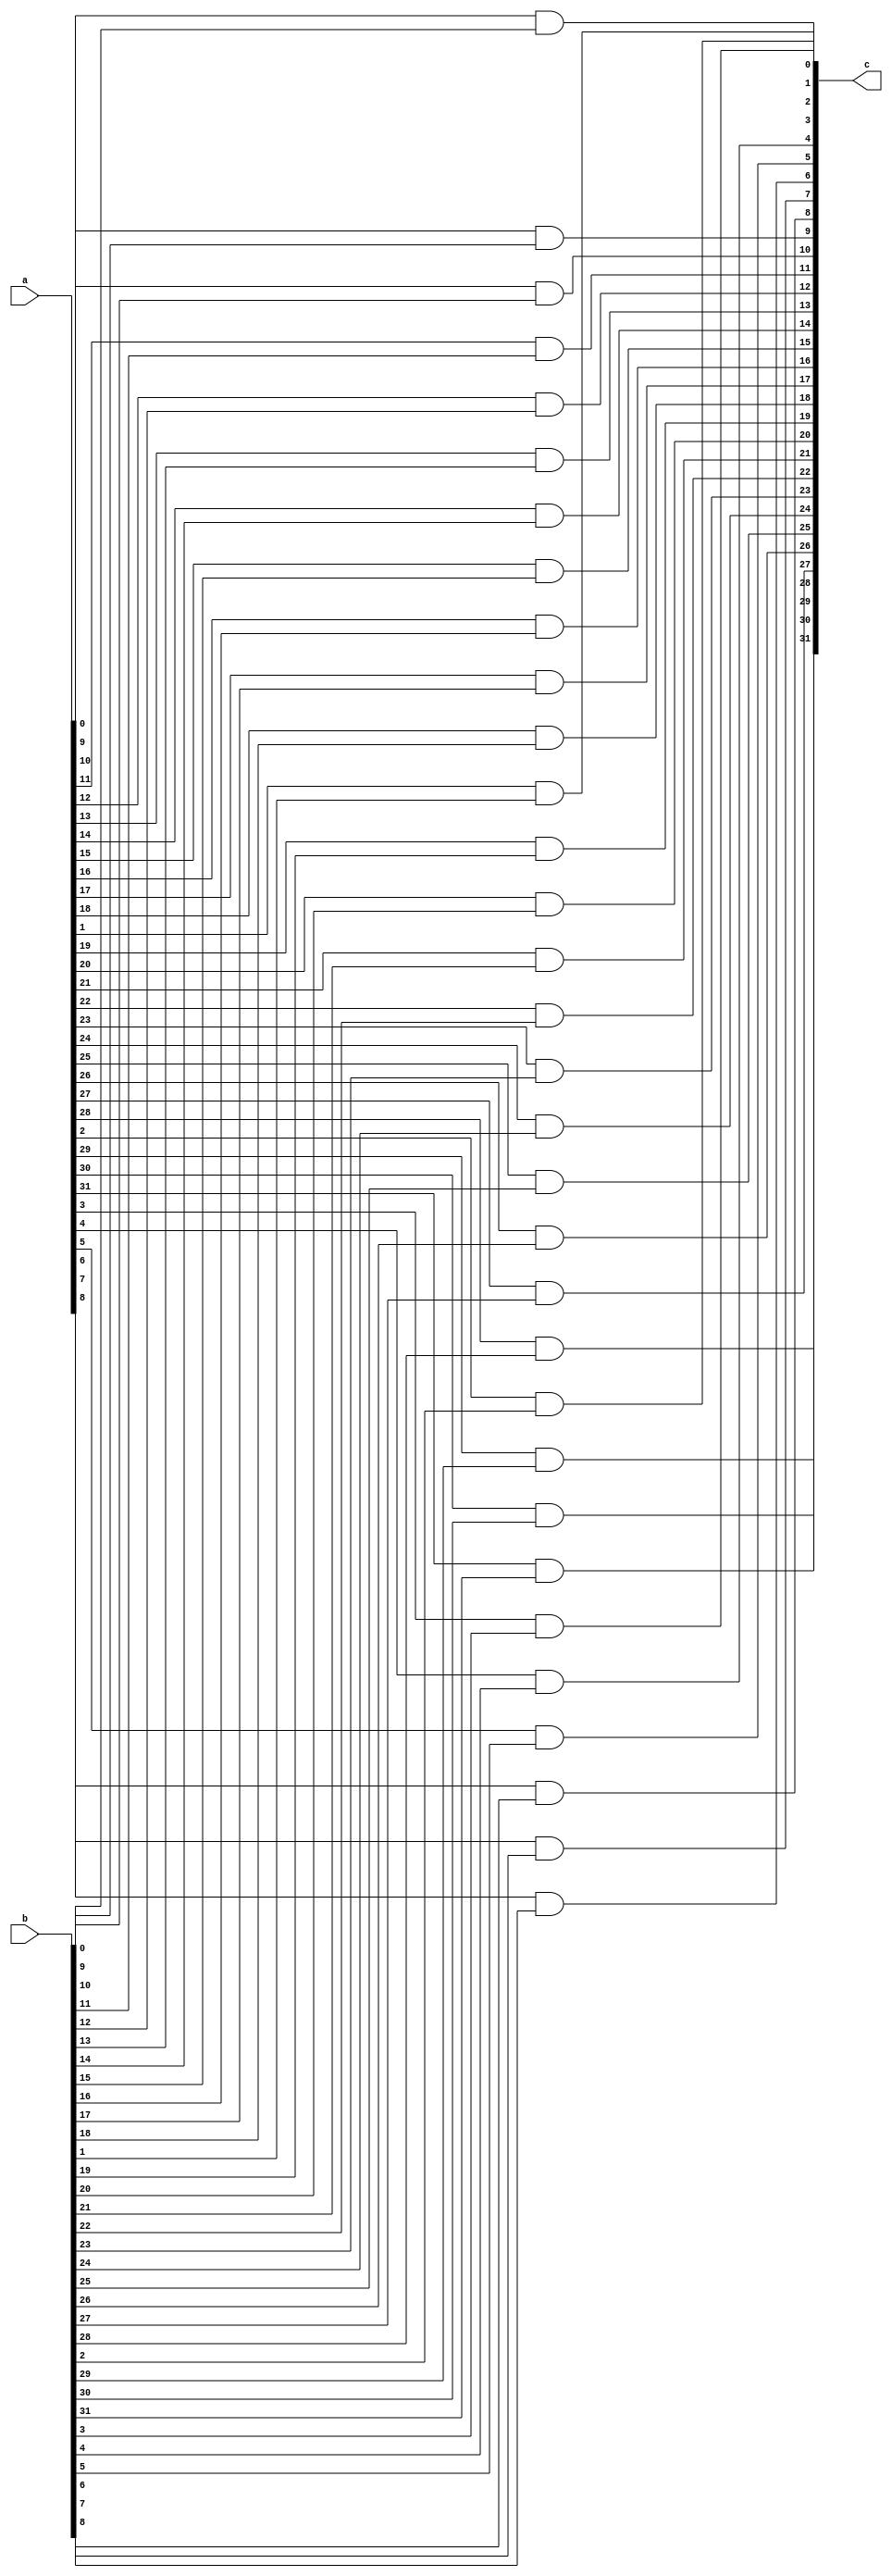
module And(a,b,c);
input [31:0]a,b;
output [31:0]c;
genvar i;
generate
for(i=0;i<32;i=i+1)
begin
assign c[i]=(a[i] & b[i]);
end
endgenerate
endmodule